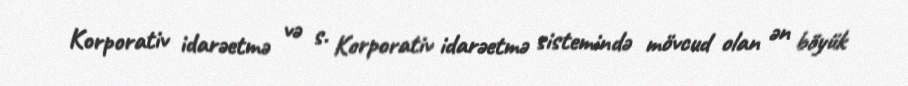
Korporativ idarəetmə və s. Korporativ idarəetmə sistemində mövcud olan ən böyük